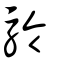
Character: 駖